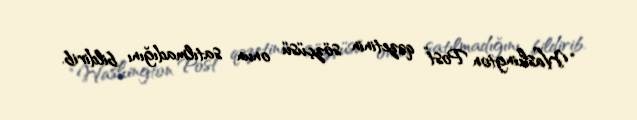
“Washington Post” qəzetinin sözçüsü onun satılmadığını bildirib.